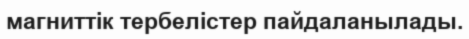
магниттік тербелістер пайдаланылады.